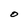
Character: O